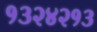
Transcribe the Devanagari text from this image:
१३२४२१३